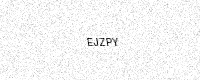
Text: EJZPY